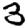
Digit: 3